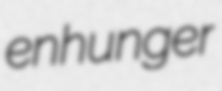
enhunger